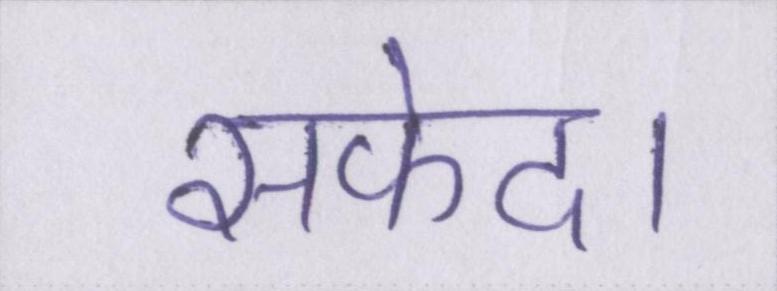
सफेद।